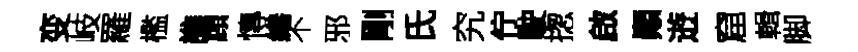
变岐羅檻譙頋慱繕不邪剛氏究佇駛揔啟顚逰窟輯脚